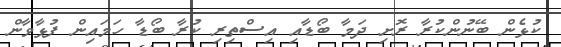
ކުޅެން ބޭނުންކުރާ ރޮށި ދަމާ ބޯޑާއި އިސްތިރި ކުރާ ބޯޑާ ހަމައިން ފުޅާވާން